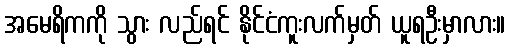
အမေရိကကို သွား လည်ရင် နိုင်ငံကူးလက်မှတ် ယူရဦးမှာလား။